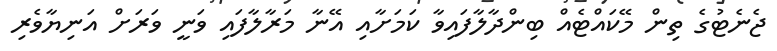
ޖެނެޓުގެ ތިން މޭކައްޓެއް ބިންދާލާފައިވާ ކަމަށާއި އޭނާ މަރާލާފައި ވަނީ ވަރަށް އަނިޔާވެރި